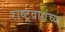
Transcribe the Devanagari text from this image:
राष्ट्रवाद्यंच्या